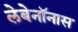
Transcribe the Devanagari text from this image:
लेबेनॉनास